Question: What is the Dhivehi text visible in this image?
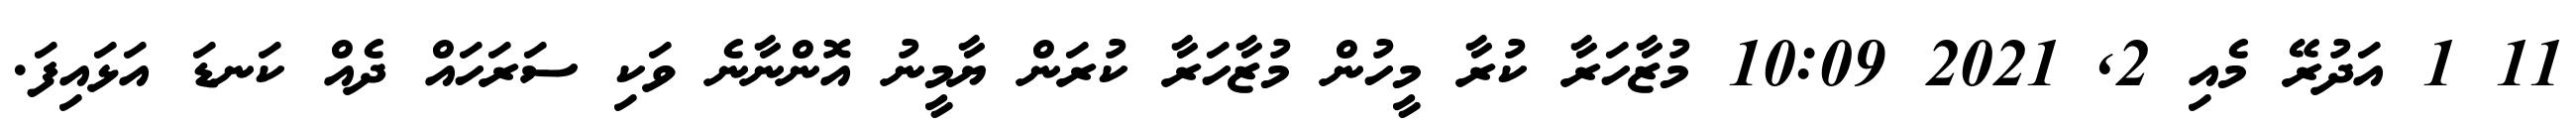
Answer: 11 1 އަދުރޭ މެއި 2, 2021 10:09 މުޒާހަރާ ކުރާ މީހުން މުޒާހަރާ ކުރަން ޔާމީނު އޮންނާނެ ވަކި ސަރަހައް ދެއް ކަނޑަ އަޅައިފަ.